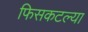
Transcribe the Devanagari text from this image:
फिसकटल्या